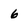
Character: 6